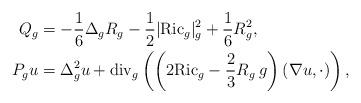
LaTeX: \begin{align*}Q_g&=-\frac{1}{6}\Delta_gR_g - \frac{1}{2}|\mathrm{Ric}_g|^2_g + \frac{1}{6}R_g^2,\\P_gu&=\Delta^2_gu + \mathrm{div}_g\left(\left( 2\mathrm{Ric}_g - \frac{2}{3}R_g\:g \right)(\nabla u,\cdot)\right),\end{align*}